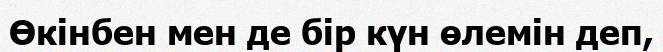
Өкінбен мен де бір күн өлемін деп,